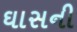
ઘાસની